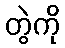
တွဲကို